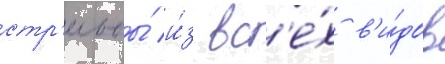
стр'ельбы́ и́з вс'е́х в'и́дов